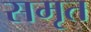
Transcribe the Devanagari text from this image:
समृत